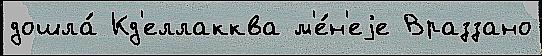
дошла́ Кд'еллакква м'е́н'еjе Враззано